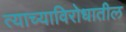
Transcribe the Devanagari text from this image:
त्याच्याविरोधातील